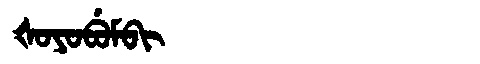
Manchu: ᡧᠣᠶᠣᠪᡠᠮᠪᡳ
Romanization: ŠOYOBUMBI